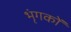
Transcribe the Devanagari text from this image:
भृंगकों